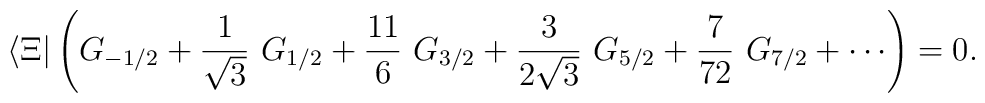
\langle \Xi | \left( G_{-1/2} + \frac{1}{\sqrt{3}}\ G_{1/2} + \frac{11}{6}\ G_{3/2} + \frac{3}{2\sqrt{3}}\ G_{5/2} + \frac{7}{72}\ G_{7/2} + \cdots \right) = 0.